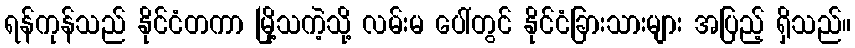
ရန်ကုန်သည် နိုင်ငံတကာ မြို့သကဲ့သို့ လမ်းမ ပေါ်တွင် နိုင်ငံခြားသားများ အပြည့် ရှိသည်။